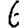
Digit: 6